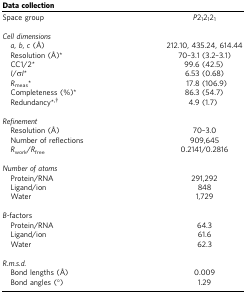
<table><thead><tr><td><b>Data collection</b></td><td><b> </b></td></tr></thead><tbody><tr><td>Space group</td><td><i>P</i>2<sub>1</sub>2<sub>1</sub>2<sub>1</sub></td></tr><tr><td> </td><td> </td></tr><tr><td colspan="2"><i>Cell dimensions</i></td></tr><tr><td><i> a</i>, <i>b</i>, <i>c</i> (Å)</td><td>212.10, 435.24, 614.44</td></tr><tr><td> Resolution (Å)*</td><td>70–3.1 (3.2–3.1)</td></tr><tr><td> CC1/2*</td><td>99.6 (42.5)</td></tr><tr><td> <i>I</i>/σ<i>I</i>*</td><td>6.53 (0.68)</td></tr><tr><td> <i>R</i><sub>meas</sub>*</td><td>17.8 (106.9)</td></tr><tr><td> Completeness (%)*</td><td>86.3 (54.7)</td></tr><tr><td> Redundancy*†</td><td>4.9 (1.7)</td></tr><tr><td> </td><td> </td></tr><tr><td colspan="2"><i>Refinement</i></td></tr><tr><td> Resolution (Å)</td><td>70–3.0</td></tr><tr><td> Number of reflections</td><td>909,645</td></tr><tr><td> <i>R</i><sub>work</sub>/<i>R</i><sub>free</sub></td><td>0.2141/0.2816</td></tr><tr><td> </td><td> </td></tr><tr><td colspan="2"><i>Number of atoms</i></td></tr><tr><td> Protein/RNA</td><td>291,292</td></tr><tr><td> Ligand/ion</td><td>848</td></tr><tr><td> Water</td><td>1,729</td></tr><tr><td> </td><td> </td></tr><tr><td colspan="2"><i>B</i>-factors</td></tr><tr><td> Protein/RNA</td><td>64.3</td></tr><tr><td> Ligand/ion</td><td>61.6</td></tr><tr><td> Water</td><td>62.3</td></tr><tr><td> </td><td> </td></tr><tr><td colspan="2"><i>R.m.s.d.</i></td></tr><tr><td> Bond lengths (Å)</td><td>0.009</td></tr><tr><td> Bond angles (°)</td><td>1.29</td></tr></tbody></table>